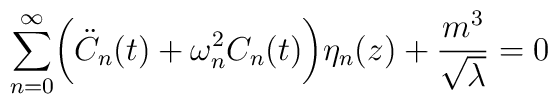
\sum _{n=0}^{\infty}  \biggl({\ddot C}_n(t) + \omega _n ^2 C_n(t)\biggr) \eta _n (z)    +  \frac {m^3}{\sqrt \lambda}  = 0